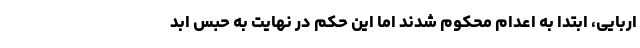
اربایی، ابتدا به اعدام محکوم شدند اما این حکم در نهایت به حبس ابد